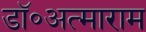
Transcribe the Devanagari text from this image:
डॉ॰अत्माराम